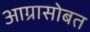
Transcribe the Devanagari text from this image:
आग्रासोबत